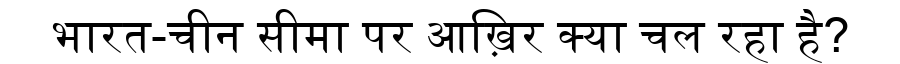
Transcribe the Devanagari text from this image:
भारत-चीन सीमा पर आख़िर क्या चल रहा है?